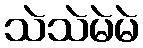
သဲသဲမဲမဲ